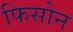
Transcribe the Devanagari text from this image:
फिसोन